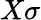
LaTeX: X\sigma